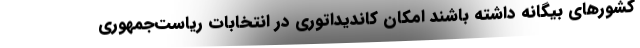
کشورهای بیگانه داشته باشند امکان کاندیداتوری در انتخابات ریاست‌جمهوری